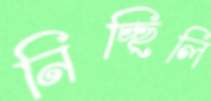
নিচ্ছিলি